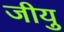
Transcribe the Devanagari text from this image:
जीयु